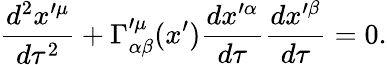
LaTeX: \frac{d^{2}x^{\prime\mu}}{d\tau^{2}}+\Gamma_{\alpha\beta}^{\prime\mu}(x^{\prime})\frac{dx^{\prime\alpha}}{d\tau}\frac{dx^{\prime\beta}}{d\tau}=0.